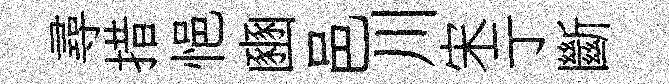
尋措悒豳邑川宋亍斷